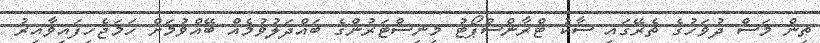
ތިން މަސް ދުވަހުގެ ތެރޭގައި ސާކު ޓްރާންސްޕޯޓު މިނިސްޓަރުންގެ ބައްދަލުވުމެއް ބޭއްވުމަށް ހަމަޖެހިފައިވާއިރު